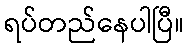
ရပ်တည်နေပါပြီ။